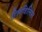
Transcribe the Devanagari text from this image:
हिलविलिस